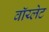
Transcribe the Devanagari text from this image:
वॉय्लेट